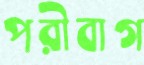
পরীবাগ